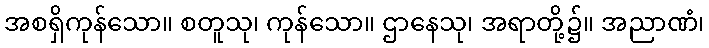
အစရှိကုန်သော။ စတူသု၊ ကုန်သော။ ဌာနေသု၊ အရာတို့၌။ အညာဏံ၊